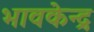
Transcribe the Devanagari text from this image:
भावकेन्द्र